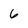
Character: 6